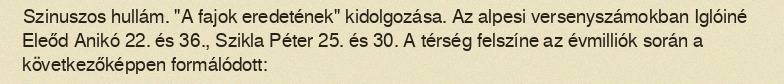
Szinuszos hullám. "A fajok eredetének" kidolgozása. Az alpesi versenyszámokban Iglóiné Eleőd Anikó 22. és 36., Szikla Péter 25. és 30. A térség felszíne az évmilliók során a következőképpen formálódott: